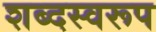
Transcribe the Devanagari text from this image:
शब्दस्वरूप